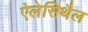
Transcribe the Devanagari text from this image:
ऐलेसिथैल